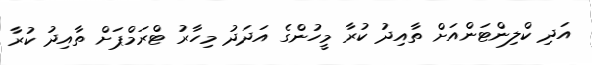
އަދި ކްލިންޓަންއަށް ތާއިދު ކުރާ މީހުންގެ އަދަދު މިހާރު ޓްރަމްޕަށް ތާއިދު ކުރާ